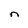
Character: n